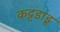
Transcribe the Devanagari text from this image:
कट्टडाडू